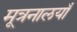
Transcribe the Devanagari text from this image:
मूत्रनालयाँ